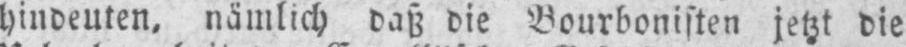
jetzt die